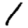
Digit: 1